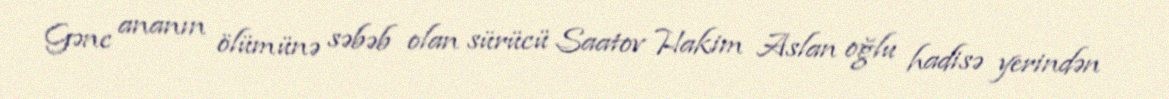
Gənc ananın ölümünə səbəb olan sürücü Saatov Hakim Aslan oğlu hadisə yerindən